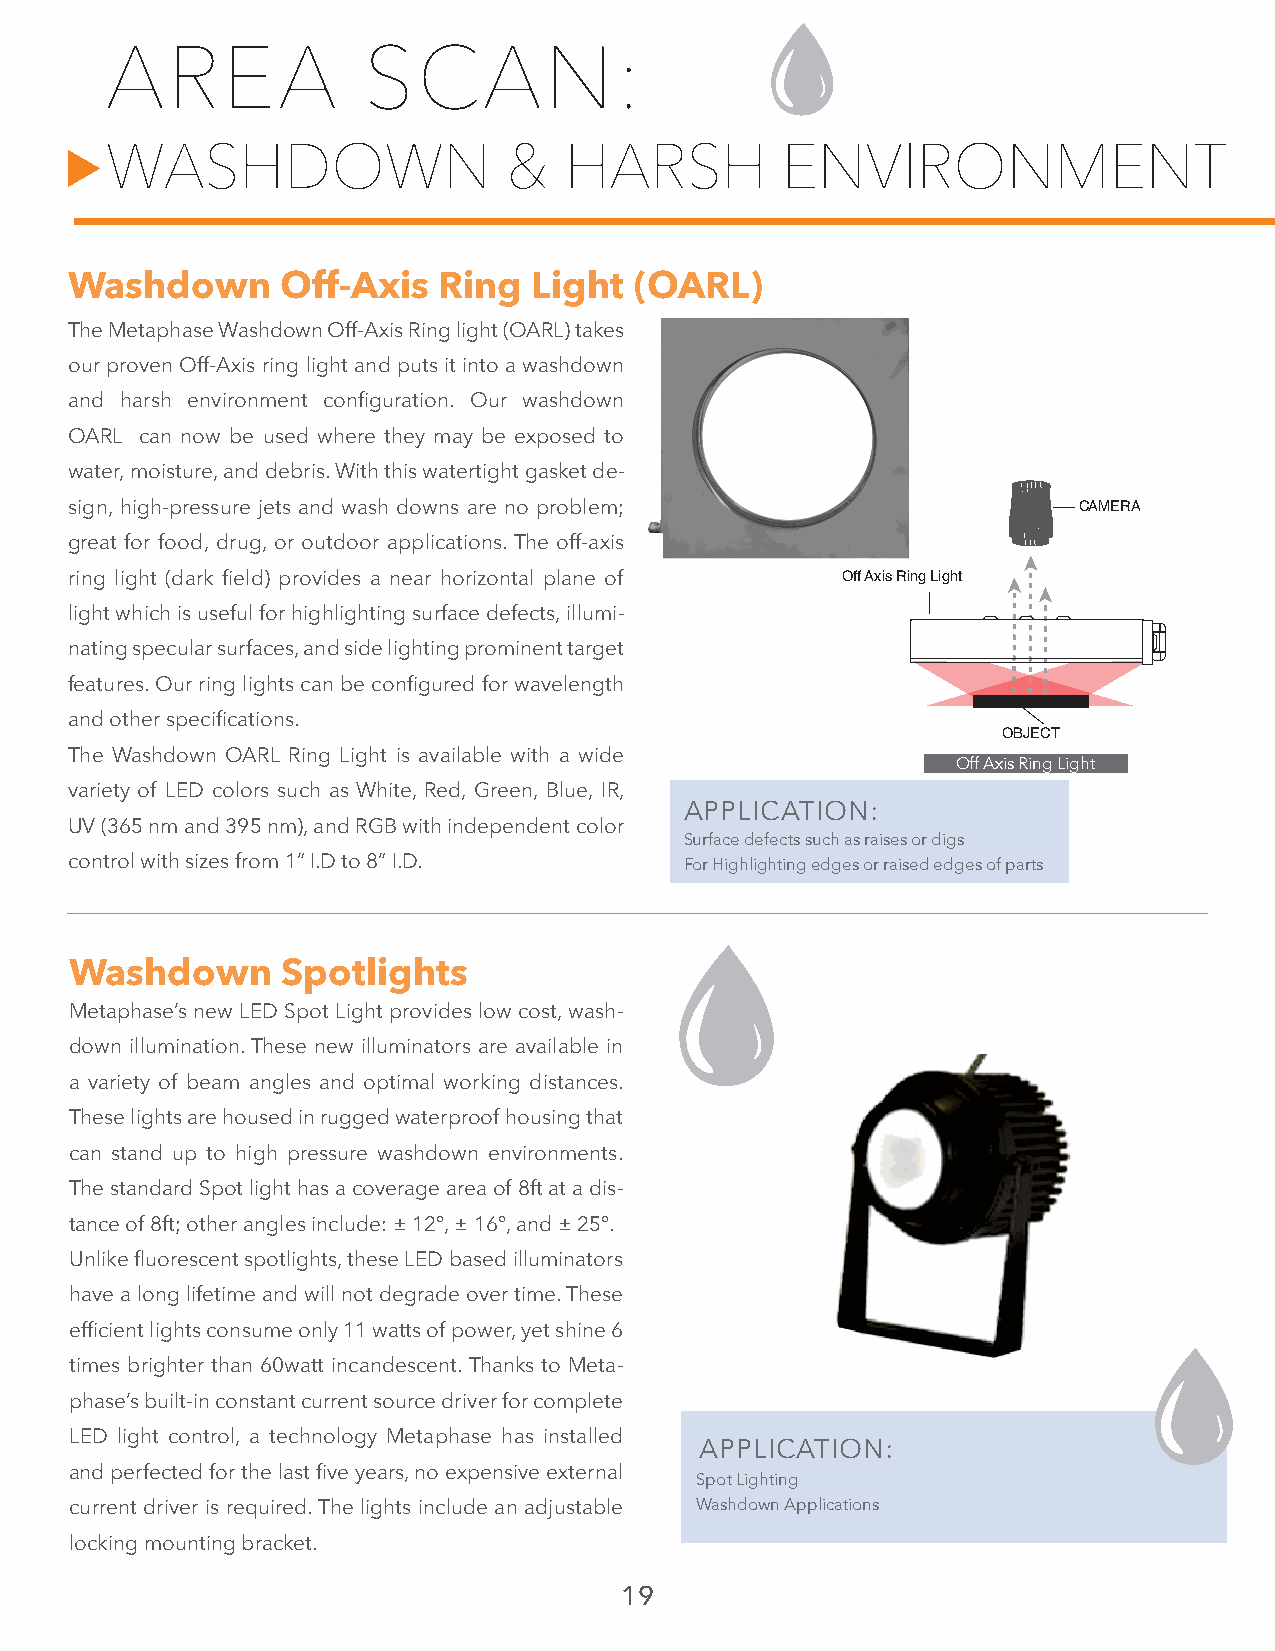
AREA             SCAN:
 WASHDOWN                   &  HARSH          ENVIRONMENT
 Washdown      Off-Axis  Ring  Light  (OARL)
 The Metaphase Washdown Off-Axis Ring light (OARL) takes
 our proven Off-Axis ring light and puts it into a washdown
 and harsh environment configuration. Our washdown
 OARL can now be used where they may be exposed to
 water, moisture, and debris. With this watertight gasket de-
 sign, high-pressure jets and wash downs are no problem;           CAMERA
 great for food, drug, or outdoor applications. The off-axis
 ring light (dark field) provides a near horizontal plane of Off Axis Ring Light
 light which is useful for highlighting surface defects, illumi-
 nating specular surfaces, and side lighting prominent target
 features. Our ring lights can be configured for wavelength
 and other specifications.
 OBJECT
 The Washdown OARL Ring Light is available with a wide
 Off Axis Ring Light
 variety of LED colors such as White, Red, Green, Blue, IR,
 APPLICATION:
 UV (365 nm and 395 nm), and RGB with independent color
 Surface defects such as raises or digs
 control with sizes from 1” I.D to 8” I.D. For Highlighting edges or raised edges of parts
 Washdown      Spotlights
 Metaphase’s new LED Spot Light provides low cost, wash-
 down illumination. These new illuminators are available in
 a variety of beam angles and optimal working distances.
 These lights are housed in rugged waterproof housing that
 can stand up to high pressure washdown environments.
 The standard Spot light has a coverage area of 8ft at a dis-
 tance of 8ft; other angles include: ± 12°, ± 16°, and ± 25°.
 Unlike fluorescent spotlights, these LED based illuminators
 have a long lifetime and will not degrade over time. These
 efficient lights consume only 11 watts of power, yet shine 6
 times brighter than 60watt incandescent. Thanks to Meta-
 phase’s built-in constant current source driver for complete
 LED light control, a technology Metaphase has installed
 APPLICATION:
 and perfected for the last five years, no expensive external
 Spot Lighting
 current driver is required. The lights include an adjustable Washdown Applications
 locking mounting bracket.
 19
 ▲